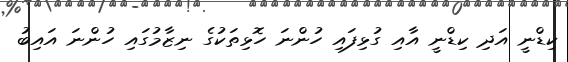
ކިޑްނީ އަދި ކިޑްނީ އާއި ގުޅިފައި ހުންނަ ހޮޅިތަކުގެ ނިޒާމުގައި ހުންނަ އައިބު